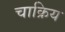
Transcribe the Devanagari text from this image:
चाक्रिय